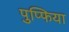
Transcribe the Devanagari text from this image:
पुप्फिया